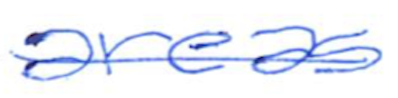
Text: areas
Cross-out: single-line
Writing tool: ballpoint